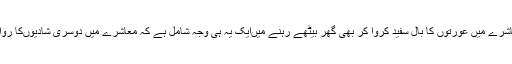
ہمارے معاشرے میں عورتوں کا بال سفید کروا کر بھی گھر بیٹھے رہنے میں‌ایک یہ ہی وجہ شامل ہے کہ معاشرے میں دوسری شادیوں‌کا رواج نہیں‌ہے۔